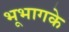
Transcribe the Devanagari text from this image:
भूभागके